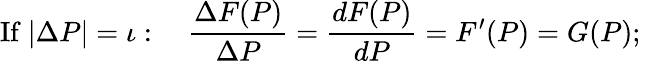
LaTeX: {\mathrm{If~}}|\Delta P|={\mathit{\iota}}:\quad{\frac{\Delta F(P)}{\Delta P}}={\frac{dF(P)}{dP}}=F^{\prime}(P)=G(P);\,